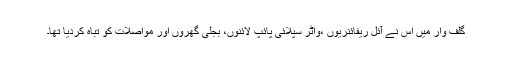
گلف وار میں اُس نے آئل ریفائنریوں ،واٹر سپلائی پائپ لائنوں، بجلی گھروں اور مواصلات کو تباہ کردیا تھا۔